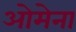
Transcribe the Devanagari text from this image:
ओमेना